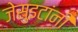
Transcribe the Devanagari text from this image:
जेसुइटांनी